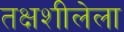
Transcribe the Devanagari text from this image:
तक्षशीलेला